Malaria in the Duars
Disease focus: Malaria
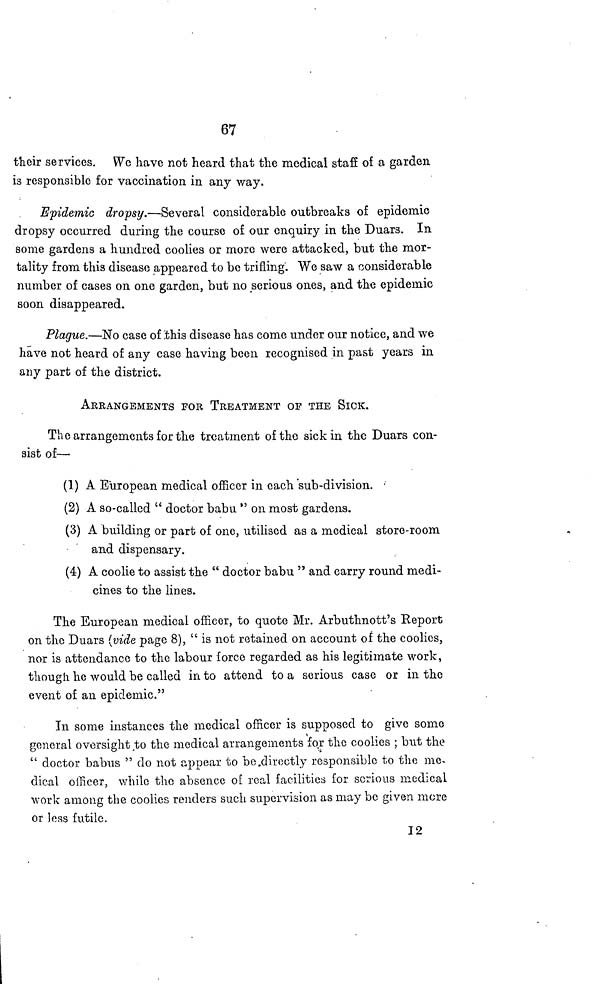
67
their services. We have not heard that the medical staff of a garden
is responsible for vaccination in any way.
Epidemic dropsy.—Several considerable outbreaks of epidemic
dropsy occurred during the course of our enquiry in the Duars. In
some gardens a hundred coolies or more were attacked, but the mor-
tality from this disease appeared to bo trifling. We saw a considerable
number of cases on one garden, but no serious ones, and the epidemic
soon disappeared.
Plague.—No case of .this disease has come under our notice, and we
have not heard of any case having been recognised in past years in
any part of the district.
ARRANGEMENTS FOR TREATMENT OF THE SICK.
The arrangements for the treatment of the sick in the Duars con-
sist of—
(1) A European medical officer in each sub-division.
(2) A so-called " doctor babu " on most gardens.
(3) A building or part of one, utilised as a medical store-room
and dispensary.
(4) A coolie to assist the " doctor babu " and carry round medi-
cines to the lines.
The European medical officer, to quote Mr, Arbuthnott's Report
on the Duars (vide page 8), " is not retained on account of the coolies,
nor is attendance to the labour force regarded as his legitimate work,
though he would "be called in to attend to a serious case or in the
event of an epidemic."
In some instances the medical officer is supposed to give some
general oversight to the medical arrangements for the coolies ; "but the
" doctor babus " do not appear to be.directly responsible to the me-
dical officer, while the absence of real facilities for serious medical
work among the coolies renders such supervision as may be given more
or less futile.
12